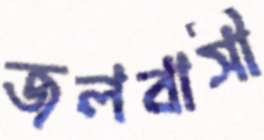
জলবাসী